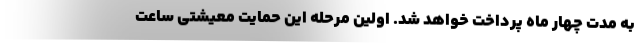
به مدت چهار ماه پرداخت خواهد شد. اولین مرحله این حمایت معیشتی ساعت